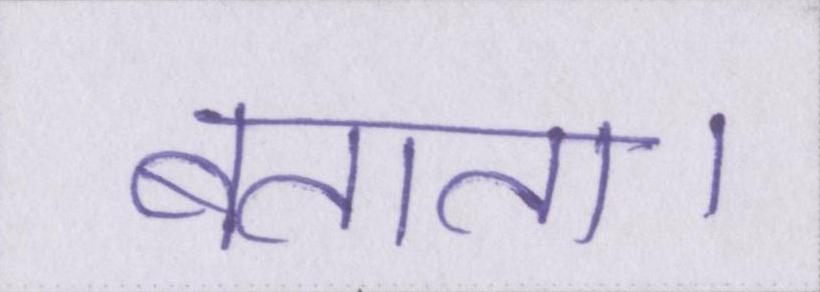
बताता।